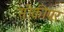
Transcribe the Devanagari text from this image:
सीकीपर